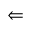
\Leftarrow